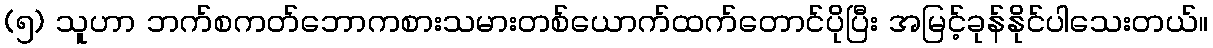
(၅) သူဟာ ဘက်စကတ်ဘောကစားသမားတစ်ယောက်ထက်တောင်ပိုပြီး အမြင့်ခုန်နိုင်ပါသေးတယ်။